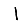
Digit: 1